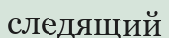
следящий